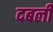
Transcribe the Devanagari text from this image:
दबली